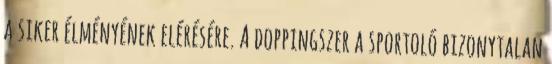
a siker élményének elérésére. A doppingszer a sportoló bizonytalan